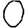
Digit: 0